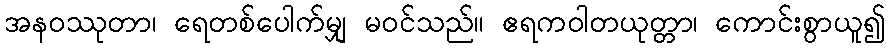
အနဝဿုတာ၊ ရေတစ်ပေါက်မျှ မဝင်သည်။ ဧရကဝါတယုတ္တာ၊ ကောင်းစွာယူ၍